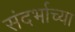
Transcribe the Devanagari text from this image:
संदर्भाच्या